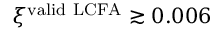
\xi ^ { { \mathrm { v a l i d \ L C F A } } } \gtrsim 0 . 0 0 6